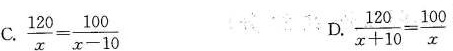
C.$$\frac{120}{x}= \frac{100}{x-10}$$ D. $$\frac{120}{x+10}= \frac{100}{x}$$